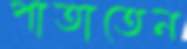
পাতাতেন